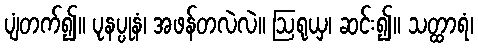
ပျံတက်၍။ ပုနပ္ပုနံ၊ အဖန်တလဲလဲ။ ဩရုယှ၊ ဆင်း၍။ သတ္ထာရံ၊